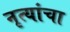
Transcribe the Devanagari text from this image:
नृत्यांचा